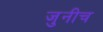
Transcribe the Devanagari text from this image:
जुनीच